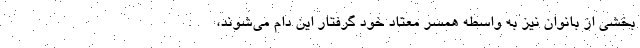
بخشی از بانوان نیز به واسطه همسر معتاد خود گرفتار این دام می‌شوند،